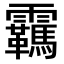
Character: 𬰕